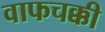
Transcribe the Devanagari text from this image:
वाफचक्की